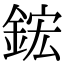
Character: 鋐